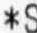
*S